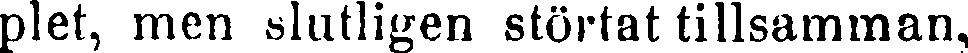
plet, men slutligen störtat tillsamman,